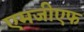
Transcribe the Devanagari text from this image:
एमजीएफ